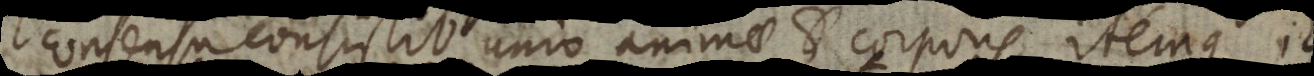
consensu consistit unio animae et corporis, itemque id